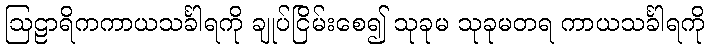
ဩဠာရိကကာယသင်္ခါရကို ချုပ်ငြိမ်းစေ၍ သုခုမ သုခုမတရ ကာယသင်္ခါရကို